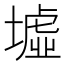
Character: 墟